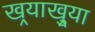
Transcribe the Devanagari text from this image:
खर्‍याखुर्‍या